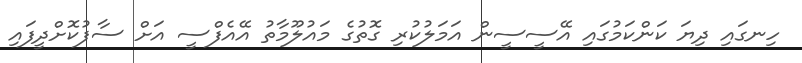
ހިނގައި ދިޔަ ކަންކަމުގައި އޭސީސީން އަމަލުކުރި ގޮތުގެ މައުލޫމާތު އޭއެފްސީ އަށް ސާފުކޮށްދީފައި